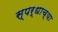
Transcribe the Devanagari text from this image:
स्पर्धाच्या